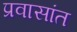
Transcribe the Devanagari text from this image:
प्रवासांत